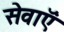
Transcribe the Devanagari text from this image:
सेवाऍं